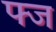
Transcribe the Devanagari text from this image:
फ्ज